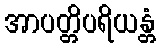
အာပတ္တိပရိယန္တံ